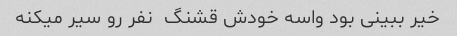
خیر ببینی بود واسه خودش قشنگ  نفر رو سیر میکنه